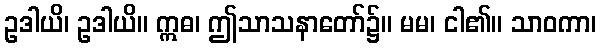
ဥဒါယိ၊ ဥဒါယိ။ ဣဓ၊ ဤသာသနာတော်၌။ မမ၊ ငါ၏။ သာဝကာ၊